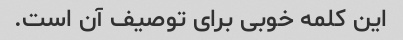
این کلمه خوبی برای توصیف آن است.